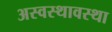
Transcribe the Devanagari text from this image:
अस्वस्थावस्था